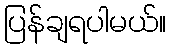
ပြန်ချရပါမယ်။